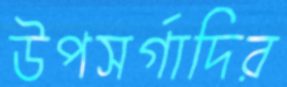
উপসর্গাদির